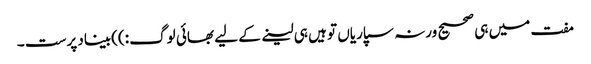
مفت میں ہی صحیح ورنہ سپاریاں تو ہیں ہی لینے کے لیے بھائی لوگ :))بیناد پرست ۔